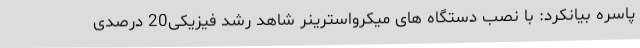
پاسره بیانکرد: با نصب دستگاه های میکرواسترینر شاهد رشد فیزیکی20 درصدی